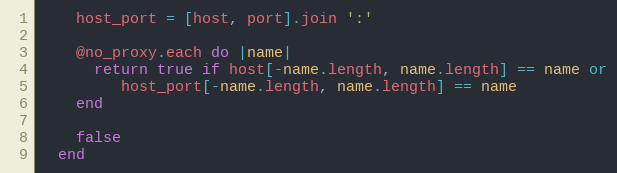
Language: Ruby
    host_port = [host, port].join ':'

    @no_proxy.each do |name|
      return true if host[-name.length, name.length] == name or
         host_port[-name.length, name.length] == name
    end

    false
  end